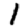
Digit: 1